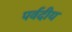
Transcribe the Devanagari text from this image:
पर्वदीय